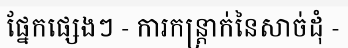
ផ្នែកផ្សេងៗ - ការកន្ត្រាក់នៃសាច់ដុំ -